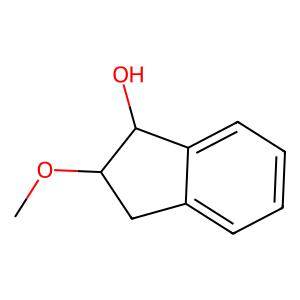
SMILES: COC1Cc2ccccc2C1O
Inhibits HIV replication: No